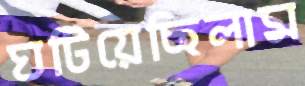
ঘটিয়েছিলাম